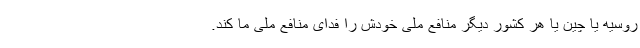
روسیه یا چین یا هر کشور دیگر منافع ملی خودش را فدای منافع ملی ما کند.